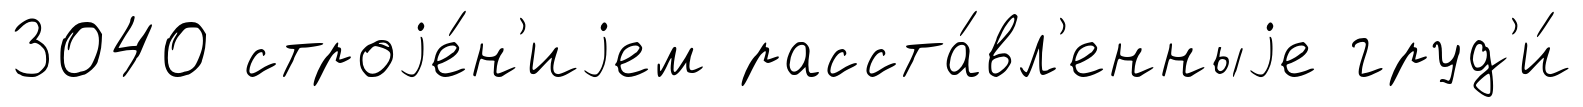
3040 строjе́н'иjем расста́вл'енныjе груд'и́